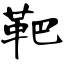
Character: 靶